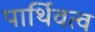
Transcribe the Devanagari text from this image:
पार्थिवत्व